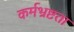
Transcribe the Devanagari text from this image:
कर्मभ्रष्टता